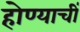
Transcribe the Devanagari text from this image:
होण्याचीं